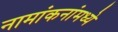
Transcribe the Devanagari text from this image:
नामांकनांमध्ये